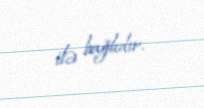
ilə bağlıdır.